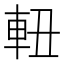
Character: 𨋀